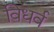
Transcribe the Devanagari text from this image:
विधर्व